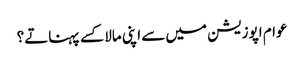
عوام اپوزیشن میں سے اپنی مالا کسے پہناتے؟